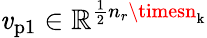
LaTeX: \mathit{v}_{\mathrm{{p1}}}\in\mathbb{{R}}^{\frac{{1}}{{2}}n_{r}\timesn_{\mathrm{{k}}}}